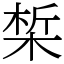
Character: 椞